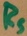
Text: RS